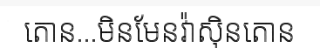
តោន...មិនមែនវ៉ាស៊ិនតោន